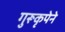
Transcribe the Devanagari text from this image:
गुरूकृपेने